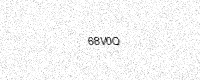
Text: 68V0Q